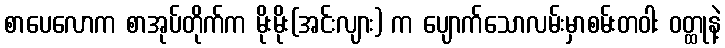
စာပေလောက စာအုပ်တိုက်က မိုးမိုး(အင်းလျား) က ပျောက်သောလမ်းမှာစမ်းတဝါး ဝတ္ထုနဲ့